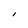
Character: I